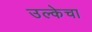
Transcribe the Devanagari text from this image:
उल्केचा